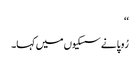
‘‘
رُوپا نے سسکیوں میں کہا۔